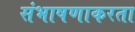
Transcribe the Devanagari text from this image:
संभाषणाकरता